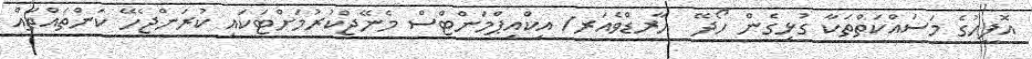
އޮފީހުގެ މަސައްކަތްތަކާ ގުޅިގެން ހޯދޭ  ހާރޑްވެއަރ/ އިކްއިޕްމަންޓްސް މެނޭޖްކުރުމަށްޓަކައި ކުރަންޖެހޭ ކަންތައްތައް